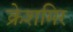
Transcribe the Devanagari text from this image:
क्रेशमिर